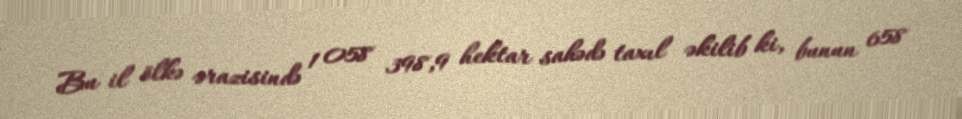
Bu il ölkə ərazisində 1 058 398,9 hektar sahədə taxıl əkilib ki, bunun 658